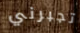
تجبرني